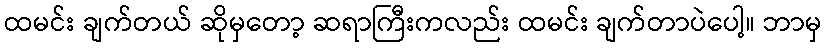
ထမင်း ချက်တယ် ဆိုမှတော့ ဆရာကြီးကလည်း ထမင်း ချက်တာပဲပေါ့။ ဘာမှ